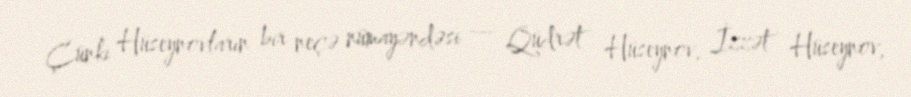
Çünki Hüseynovların bir neçə nümayəndəsi — Qüdrət Hüseynov, İzzət Hüseynov,